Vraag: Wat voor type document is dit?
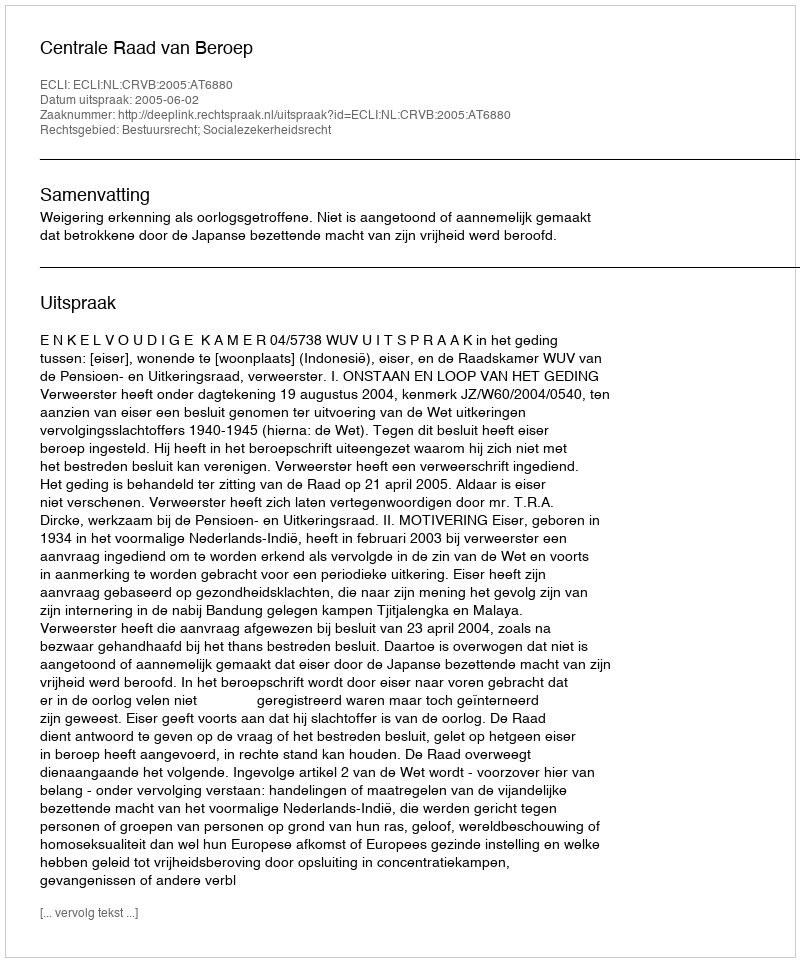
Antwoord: Uitspraak